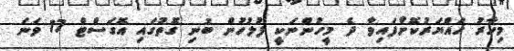
މިހާރު ހައްޔަރުކޮށްފައިވާ ދެ މީހުންނަކީ ފުލުހުން ބުނި ގޮތުގައި އޮގަސްޓް 17 ވަނަ